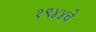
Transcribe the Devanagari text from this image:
१९४४चे